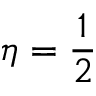
\eta = \frac 1 2